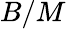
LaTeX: B/M